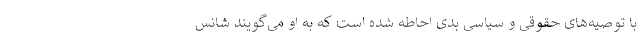
با توصیه‌های حقوقی و سیاسی بدی احاطه شده است که به او می‌گویند شانس